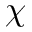
\boldsymbol \chi